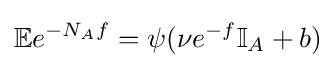
\mathbb {E} e^{-N_{A}f}=\psi (\nu e^{-f}\mathbb {I} _{A}+b)